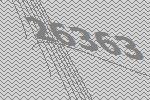
26363